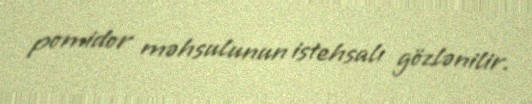
pomidor məhsulunun istehsalı gözlənilir.